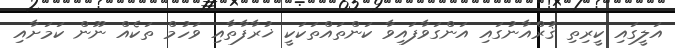
އަލީގައި ކީރިތި ޤުރްއާނުގައި އަންގަވާފައިވާ ކަންތައްތަކަކީ ޚުރާފާތާއި ވަހުމް ތަކެއް ނޫން ކަމަށާއި